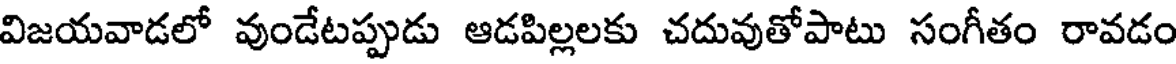
విజయవాడలో వుండేటప్పుడు ఆడపిల్లలకు చదువుతోపాటు సంగీతం రావడం